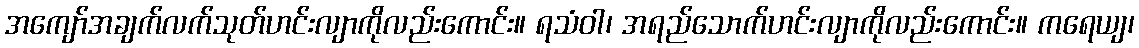
အကျော်အချက်လက်သုတ်ဟင်းလျာကိုလည်းကောင်း။ ရသံဝါ၊ အရည်သောက်ဟင်းလျာကိုလည်းကောင်း။ ကရေယျ၊